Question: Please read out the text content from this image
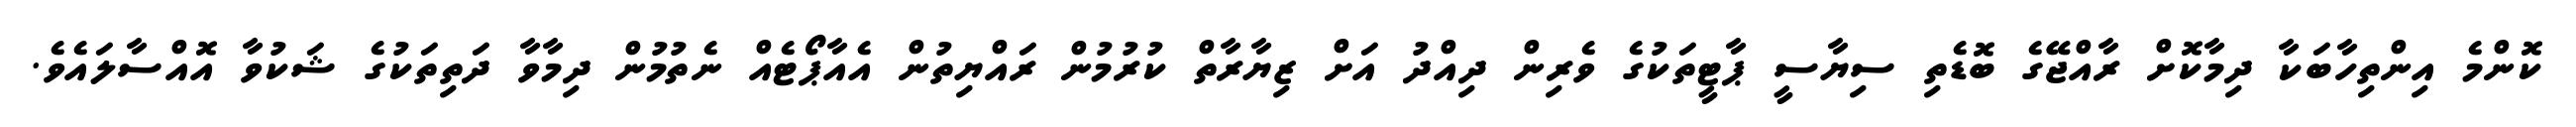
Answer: ކޮންމެ އިންތިހާބަކާ ދިމާކޮށް ރާއްޖޭގެ ބޮޑެތި ސިޔާސީ ޕާޓީތަކުގެ ވެރިން ދިއްދު އަށް ޒިޔާރާތް ކުރުމުން ރައްޔިތުން އެއާޕޯޓެއް ނެތުމުން ދިމާވާ ދަތިތަކުގެ ޝަކުވާ އޮއްސާލައެވެ.